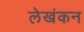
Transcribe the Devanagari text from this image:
लेखंकन